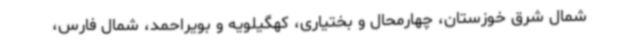
شمال شرق خوزستان، چهارمحال و بختیاری، کهگیلویه و بویراحمد، شمال فارس،